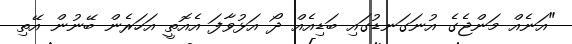
"އަނެއް މަންޖެގެ އުނަގަނޑުގައި ބަޑިއެއް ދޯ އަޅުވާފަ އެއޮތީ އަހަރެން ބޭނުން އޭތި